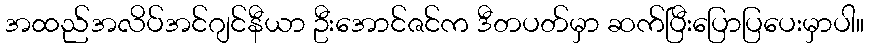
အထည်အလိပ်အင်ဂျင်နီယာ ဦးအောင်ဇင်က ဒီတပတ်မှာ ဆက်ပြီးပြောပြပေးမှာပါ။